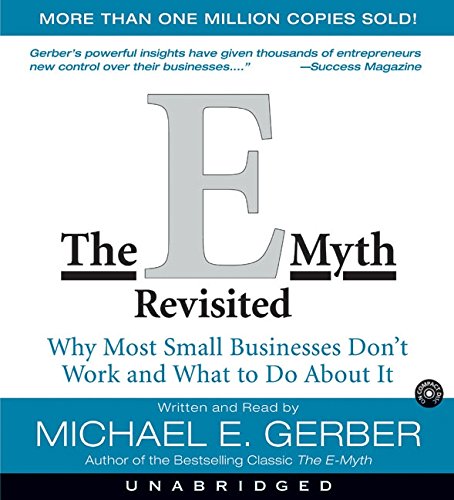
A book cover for The E-Myth Revisited CD : Why Most Small Businesses Don't Work and What to do about it; Michael E. Gerber; Business & Money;